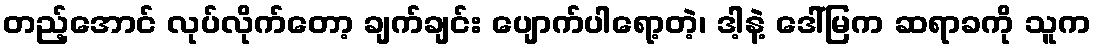
တည့်အောင် လုပ်လိုက်တော့ ချက်ချင်း ပျောက်ပါရော့တဲ့၊ ဒါ့နဲ့ ဒေါ်မြက ဆရာခကို သူက